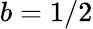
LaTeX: b=1/2